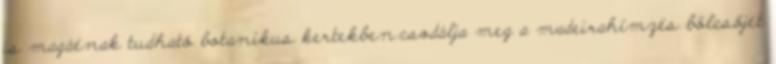
is magáénak tudható botanikus kertekben.csodálja meg a madeirahímzés bölcsőjét